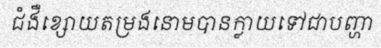
ជំងឺខ្សោយតម្រងនោមបានក្លាយទៅជាបញ្ហា